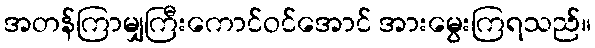
အတန်ကြာမျှကြီးကောင်ဝင်အောင် အားမွေးကြရသည်။